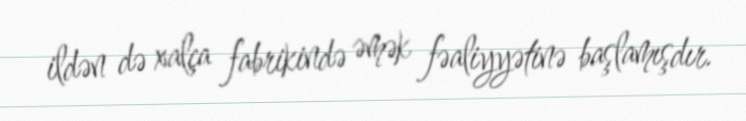
ildən də xalça fabrikində əmək fəaliyyətinə başlamışdır.